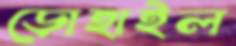
ড়োহাইল